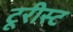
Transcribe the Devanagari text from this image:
टूरीस्ट